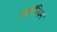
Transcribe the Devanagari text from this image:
इसॉरियन